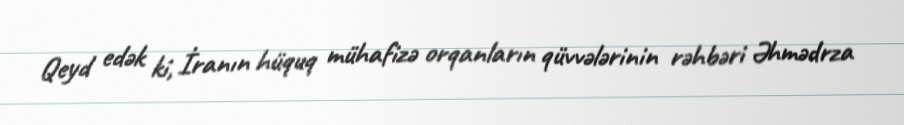
Qeyd edək ki, İranın hüquq mühafizə orqanların qüvvələrinin rəhbəri Əhmədrza